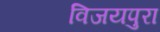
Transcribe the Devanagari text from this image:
विजयपुरा